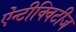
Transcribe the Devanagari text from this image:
ऐंन्टीक्विटीज